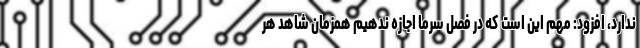
ندارد، افزود: مهم این است که در فصل سرما اجازه ندهیم همزمان شاهد هر